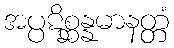
အပ္ပဋိစ္ဆန္နမာနတ္တံ